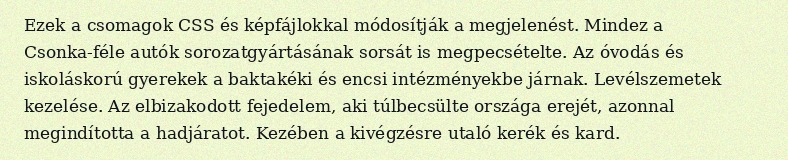
Ezek a csomagok CSS és képfájlokkal módosítják a megjelenést. Mindez a Csonka-féle autók sorozatgyártásának sorsát is megpecsételte. Az óvodás és iskoláskorú gyerekek a baktakéki és encsi intézményekbe járnak. Levélszemetek kezelése. Az elbizakodott fejedelem, aki túlbecsülte országa erejét, azonnal megindította a hadjáratot. Kezében a kivégzésre utaló kerék és kard.